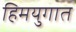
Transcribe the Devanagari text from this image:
हिमयुगात